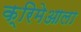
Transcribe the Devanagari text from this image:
क्रिमेआला